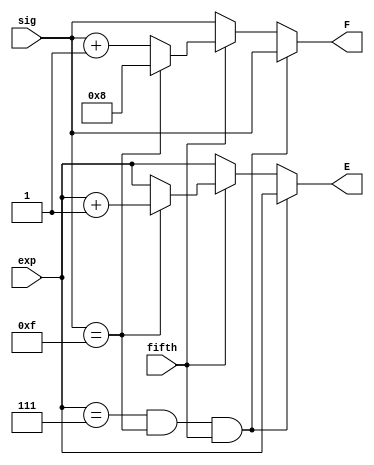
`timescale 1ns / 1ps
//////////////////////////////////////////////////////////////////////////////////
// Company: 
// Engineer: 
// 
// Design Name: 
// Module Name:    rouding 
// Project Name: 
// Target Devices: 
// Tool versions: 
// Description: 
//
// Dependencies: 
//
// Revision: 
// Revision 0.01 - File Created
// Additional Comments: 
//
//////////////////////////////////////////////////////////////////////////////////
module rouding(
	//Input
	exp, sig, fifth,
	//Output
	E, F
    );

	input [2:0] exp;
	input [3:0] sig;
	input fifth;
	
	output reg [2:0] E;
	output reg [3:0] F;
	
	always @(*)
		begin
		
			if (exp == 3'b111 && sig == 4'b1111 && fifth == 1)
				begin
					E = exp;
					F = sig;
				end
			else
				begin
					if (fifth == 1)
						begin					
							if (sig == 4'b1111)
								begin
									F = 4'b1000;
									E = exp[2:0] + 1'b1;
								end
							else
								begin
									F = sig[3:0] + 1'b1;
									E = exp[2:0];
								end
						end
					else
						begin
							E = exp[2:0];
							F = sig[3:0];
						end
				end
		
		end

endmodule